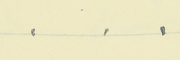
.    .    .